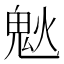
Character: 𩲕